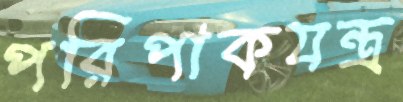
পরিপাকযন্ত্র